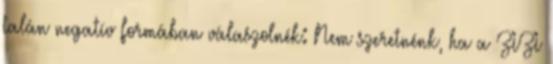
talán negatív formában válaszolnék: Nem szeretnénk, ha a ZIZI